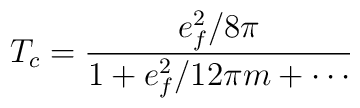
T_c = \frac{e_{f}^2 / 8 \pi}{1 + e_{f}^2 / 12 \pi m + \cdots}